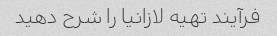
فرآیند تهیه لازانیا را شرح دهید